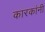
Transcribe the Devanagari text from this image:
कारकांनी